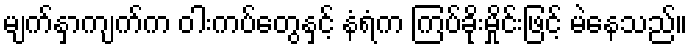
မျက်နှာကျက်က ဝါးကပ်တွေနှင့် နံရံက ကြပ်ခိုးမှိုင်းဖြင့် မဲနေသည်။